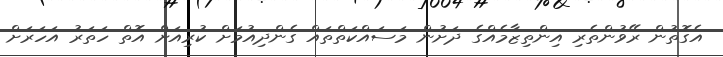
އެގޮތުން ރޭވުންތެރި އިންތިޒާމެއްގެ ދަށުން މަސައްކަތްތައް ގެންދިއުމަށް ކުރިއަށް އޮތް ހަތަރު އަހަރަށް